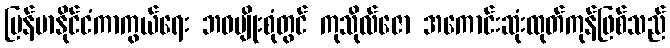
မြန်မာနိုင်ငံကာကွယ်ရေး ဘဝမျိုးစုံတွင် ကုသိုလ်ဇော အကောင်းဆုံးထုတ်ကုန်ဖြစ်သည်